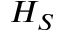
H _ { S }